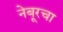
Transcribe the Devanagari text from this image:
नेबूरचा